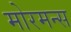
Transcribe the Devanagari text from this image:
मोरमन्स